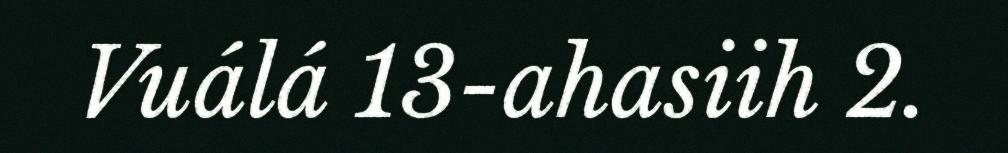
Vuálá 13-ahasiih 2.